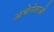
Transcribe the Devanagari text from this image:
अभेनेताओं